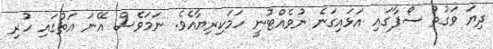
ދިޔަ ވަގުތު ސޯފާގައި އަޅައިގަނެ ނުވެއްޓުނީ ހަމަކިރިޔާއެވެ. ނަމަވެސް އޭނަ އަތުގައި ހުރި